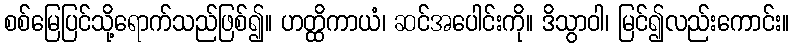
စစ်မြေပြင်သို့ရောက်သည်ဖြစ်၍။ ဟတ္ထိကာယံ၊ ဆင်အပေါင်းကို။ ဒိသွာဝါ၊ မြင်၍လည်းကောင်း။